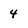
Character: 4